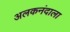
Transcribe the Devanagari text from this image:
अलकनंदाला